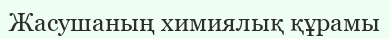
Жасушаның химиялық құрамы